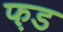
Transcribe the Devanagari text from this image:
फ़ड